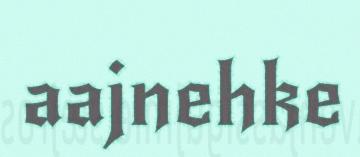
aajnehke